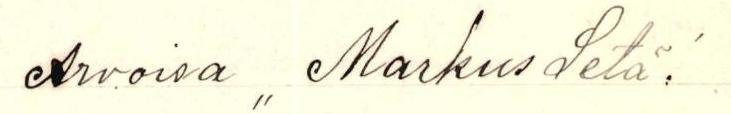
Arvoisa ,, Markus Setä!